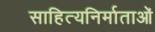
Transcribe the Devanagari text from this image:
साहित्यनिर्माताओं